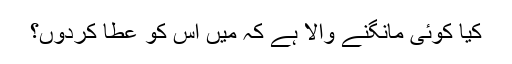
کیا کوئی مانگنے والا ہے کہ میں اس کو عطا کردوں؟